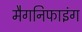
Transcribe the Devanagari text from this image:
मैगनिफाइंग